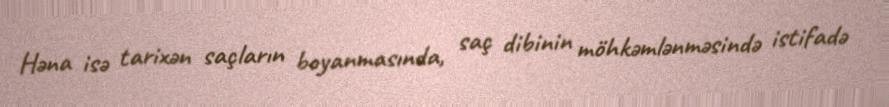
Həna isə tarixən saçların boyanmasında, saç dibinin möhkəmlənməsində istifadə